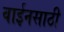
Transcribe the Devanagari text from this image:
वाईनसाठी